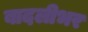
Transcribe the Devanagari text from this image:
बादलीभर